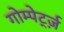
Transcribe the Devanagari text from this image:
गोम्पेर्ट्ज़